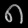
Digit: ၈